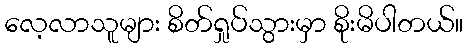
လေ့လာသူများ စိတ်ရှုပ်သွားမှာ စိုးမိပါတယ်။